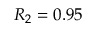
R _ { 2 } = 0 . 9 5